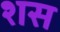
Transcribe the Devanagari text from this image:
शस